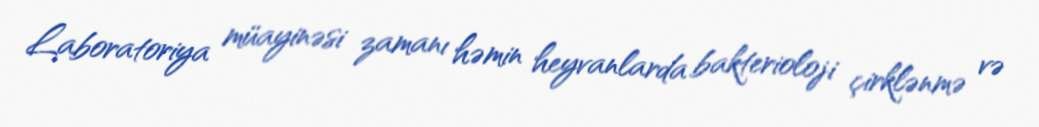
Laboratoriya müayinəsi zamanı həmin heyvanlarda bakterioloji çirklənmə və